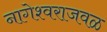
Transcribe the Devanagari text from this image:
नागेश्वराजवळ